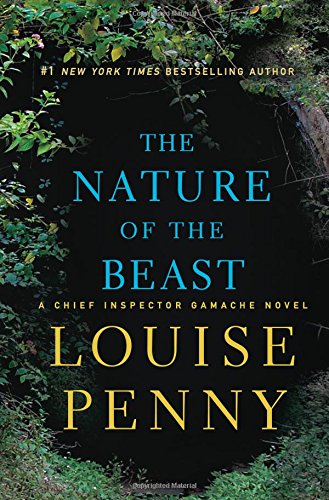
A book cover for The Nature of the Beast: A Chief Inspector Gamache Novel; Louise Penny; Mystery, Thriller & Suspense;